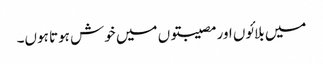
میں بلائوں اور مصیبتوں میں خوش ہوتا ہوں۔